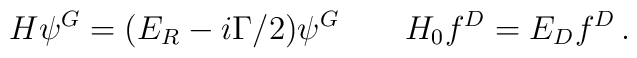
H\psi^G=(E_R-i\Gamma/2)\psi^G\qquad H_0 f^D=E_D f^D\,.